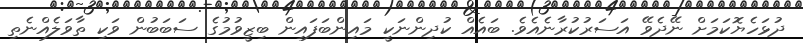
ދުޅަހެޔޮކަމަށް ނޭދެވޭ އަސަރުކުރާނެއެވެ. ބައެއް ކުދިންނަކީ މައިންބަފައިން ބިޒީވުމުގެ ސަބަބުން ވަކި ތާވަލެއްނެތި